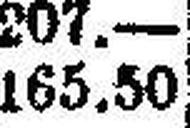
165.50